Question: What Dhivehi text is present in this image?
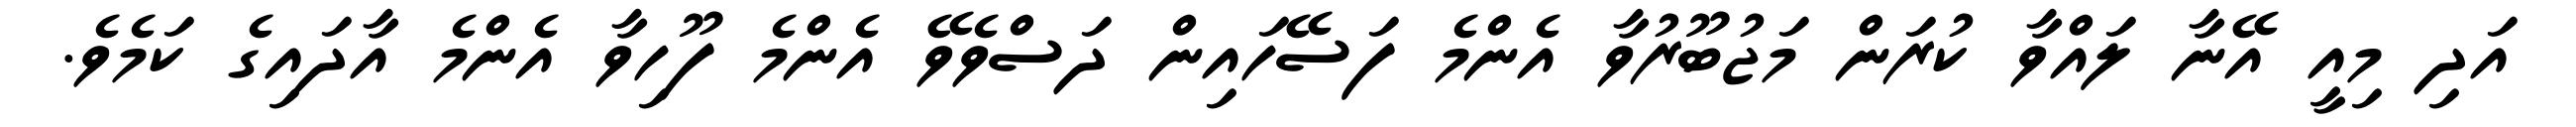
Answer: އަދި މިއީ އޭނާ ލައްވާ ކުރަން މަޖުބޫރުވާ އެންމެ ފަސޭހައިން ދަސްވެވޭ އެންމެ ފޫހިވާ އެންމެ އާދައިގެ ކަމެވެ.